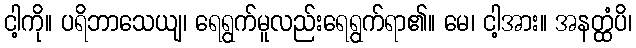
ငါ့ကို။ ပရိဘာသေယျ၊ ရေရွက်မူလည်းရေရွက်ရာ၏။ မေ၊ ငါ့အား။ အနတ္ထံပိ၊